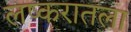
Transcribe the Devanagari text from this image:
लष्करातला